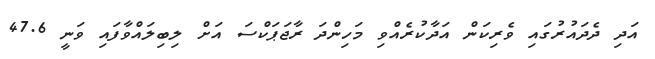
އަދި ދެދައުރުގައި ވެރިކަން އަދާކުރެއްވި މަހިންދަ ރާޖަޕަކްސަ އަށް ލިބިލައްވާފައި ވަނީ 47.6